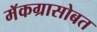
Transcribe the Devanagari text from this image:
मॅकग्रासोबत